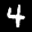
Label: 4